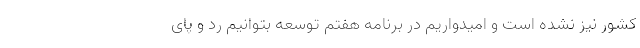
کشور نیز نشده است و امیدواریم در برنامه هفتم توسعه بتوانیم رد و پای